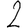
Digit: 2